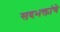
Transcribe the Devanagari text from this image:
सदभक्तांचे